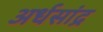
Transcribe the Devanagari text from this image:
अर्धसांद्र